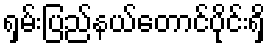
ရှမ်းပြည်နယ်တောင်ပိုင်းရှိ